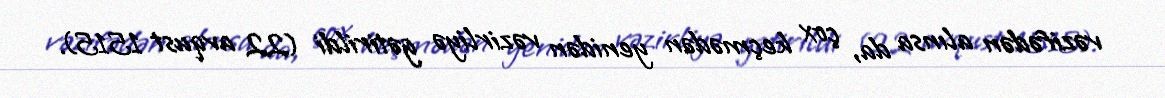
vəzifədən alınsa da, çox keçmədən yenidən vəzirliyə gətirildi (22 avqust 1515).